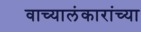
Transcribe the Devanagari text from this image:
वाच्यालंकारांच्या